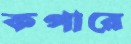
কপারে